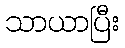
သာယာပြီး